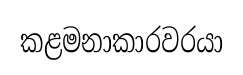
කළමනාකාරවරයා